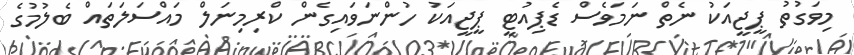
މިވަގުތު ޕީޖީއަކު ނެތް ނަމަވެސް ޑެޕިއުޓީ ޕީޖީއަކު ހުންނަވައިގެން ކްރިމިނަލް މައްސަލަތައް ބެލުމުގެ